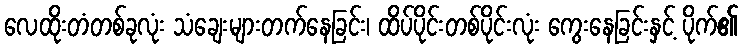
လေထိုးတံတစ်ခုလုံး သံချေးများတက်နေခြင်း၊ ထိပ်ပိုင်းတစ်ပိုင်းလုံး ကွေးနေခြင်းနှင့် ပိုက်၏